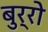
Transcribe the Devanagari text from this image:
बुर्रो